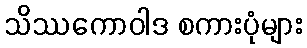
သိဿကောဝါဒ စကားပုံများ